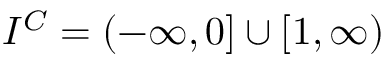
I ^ { C } = ( - \infty , 0 ] \cup [ 1 , \infty )